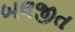
બલજીત